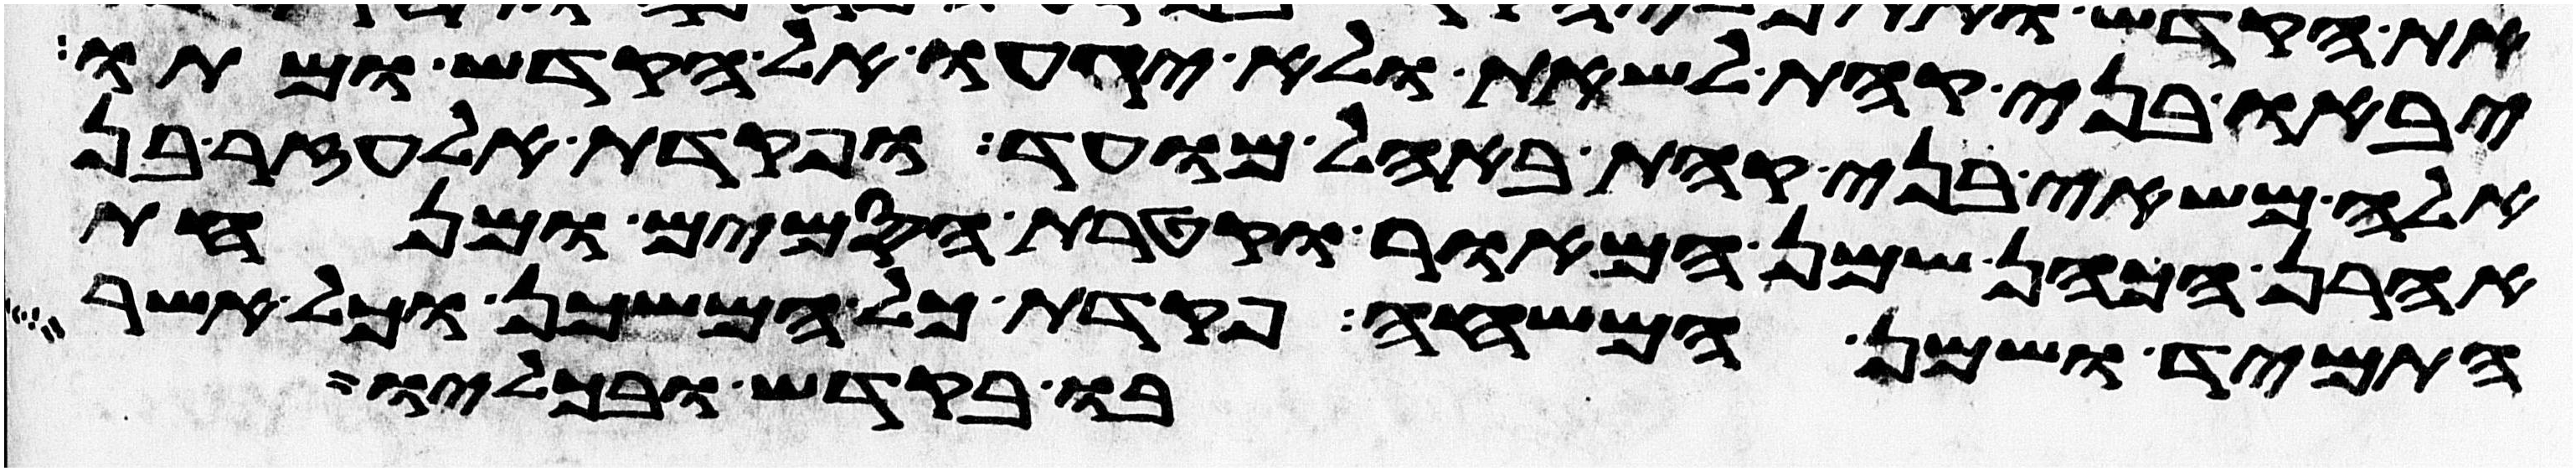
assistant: יבאו בני קהת לשאת ולא יגעו אל הקדש ומתו
אלה משאי בני קהת באהל מועד ופקדת אלעזר בן
אהרן הכהן שמן המאור וקטרת הסמים ומנחת
התמיד ושמן המשחה פקדת כל המשכן וכל אשר
בו בקדש ובכליו